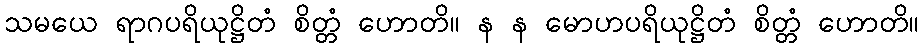
သမယေ ရာဂပရိယုဋ္ဌိတံ စိတ္တံ ဟောတိ။ န န မောဟပရိယုဋ္ဌိတံ စိတ္တံ ဟောတိ။